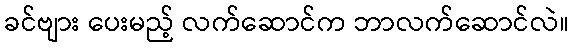
ခင်ဗျား ပေးမည့် လက်ဆောင်က ဘာလက်ဆောင်လဲ။